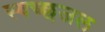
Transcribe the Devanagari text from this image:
स्वच्छजल